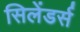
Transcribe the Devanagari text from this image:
सिलेंडर्स